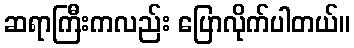
ဆရာကြီးကလည်း ပြောလိုက်ပါတယ်။